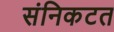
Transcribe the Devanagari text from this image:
संनिकटत